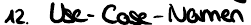
12. Use-Case-Namen